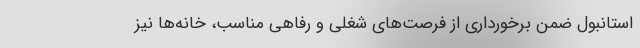
استانبول ضمن برخورداری از فرصت‌های شغلی و رفاهی مناسب، خانه‌ها نیز